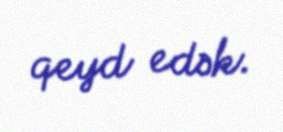
qeyd edək.